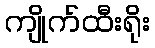
ကျိုက်ထီးရိုး